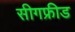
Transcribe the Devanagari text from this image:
सीगफ्रीड